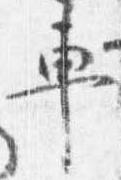
車